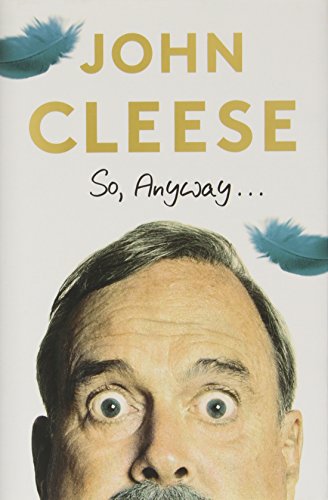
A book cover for So, Anyway...; John Cleese; Biographies & Memoirs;